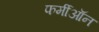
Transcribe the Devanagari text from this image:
फर्मीऑन